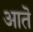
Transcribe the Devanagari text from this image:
आतॆ